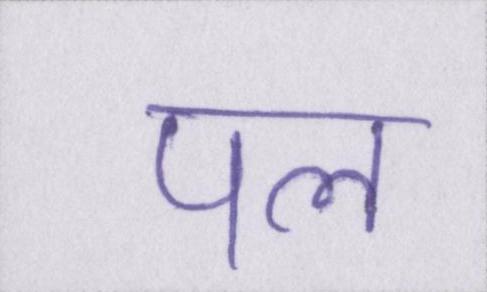
पल